Indian journal of veterinary science and animal husbandry - Volumes 26-27, 1956-1957
Year: 1956
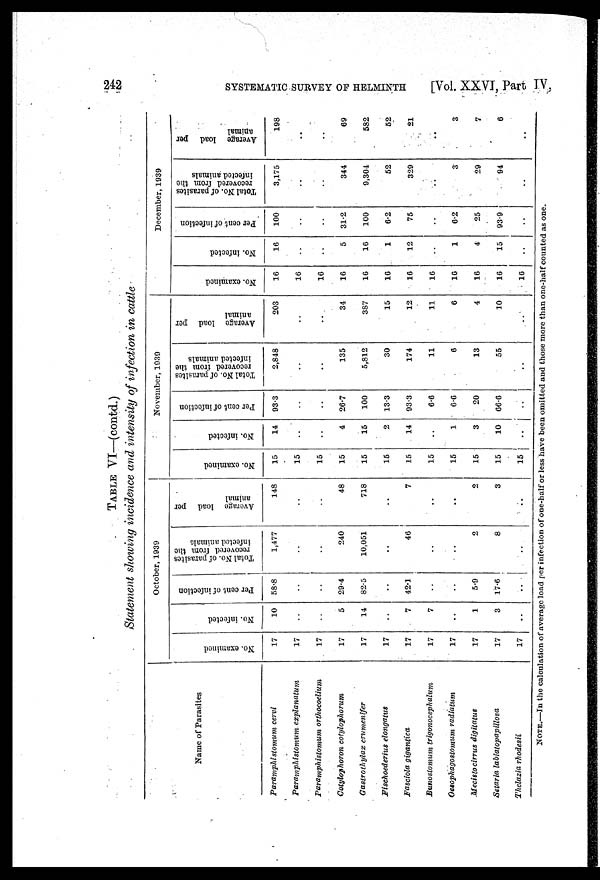
242 SYSTEMATIC SURVEY OF HELMINTH [Vol. XXVI, Part IV,
TABLE VI—(contd.)
Statement showing incidence and intensity of infection in cattle
Name of Parasites
Paramphistomum cervi
Paramphistomum
explanatum
Paramphistomum orthocoelium
Cotylophoron cotylophorum
Gastrothylax crumenifer
Fischoederius elongatus
Fasciola gigantica
Bunostomum trigonocephalum
Oesophagostomum radiatum
Mecisto cirrus digitatus
Setaria labiatopapillosa
Thelazia rhodesii
October, 1939
No. examined
17
17
17
17
17
17
17
17
17
17
17
17
No. infected
10
..
..
5
14
..
7
7
..
1
3
..
Per cent of infection
58.8
..
..
29.4
82.5
..
42.1
..
..
5.9
17.6
..
Total No. of parasites
recovered from the
infected animals
1,477
..
..
240
10,051
..
46
..
..
2
8
..
Average load per
animal
148
..
..
48
718
..
7
..
..
2
3
..
November, 1939
No. examined
15
15
15
15
15
15
15
15
15
15
15
15
No. infected
14
..
..
4
15
2
14
..
1
3
10
..
Per cent of infection
93.3
..
..
26.7
100
13.3
93.3
6.6
6.6
20
66.6
..
Total No. of parasites
recovered from the
infected animals
2,848
..
..
135
5,812
30
174
11
6
13
55
..
Average load per
animal
203
..
..
34
387
15
12
11
6
4
10
..
December, 1939
No. examined
16
16
16
16
16
16
16
16
16
16
16
16
No. infected
16
..
..
5
16
1
12
..
1
4
15
..
Per cent of infection
100
..
..
31.2
100
6.2
75
..
6.2
25
93.9
..
Total No. of parasites
recovered from the
infected animals
3,175
..
..
344
9,304
52
329
..
3
29
94
..
Average load per
animal
198
..
..
69
582
52
21
..
3
7
6
..
NOTE—In the calculation of average load per infection of one-half or less have been omitted and those more than one-half counted as one.